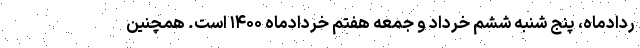
ردادماه، پنج شنبه ششم خرداد و جمعه هفتم خردادماه ۱۴۰۰ است. همچنین